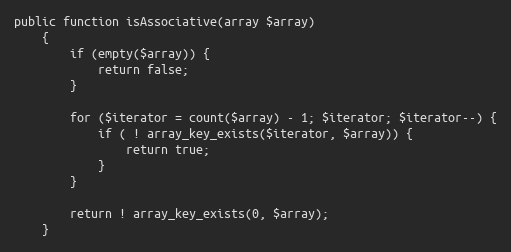
Language: PHP
public function isAssociative(array $array)
    {
        if (empty($array)) {
            return false;
        }

        for ($iterator = count($array) - 1; $iterator; $iterator--) {
            if ( ! array_key_exists($iterator, $array)) {
                return true;
            }
        }

        return ! array_key_exists(0, $array);
    }